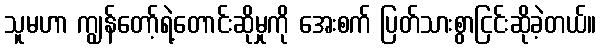
သူမဟာ ကျွန်တော့်ရဲ့တောင်းဆိုမှုကို အေးစက် ပြတ်သားစွာငြင်းဆိုခဲ့တယ်။